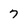
Character: 7